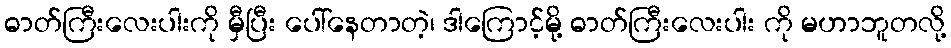
ဓာတ်ကြီးလေးပါးကို မှီပြီး ပေါ်နေတာတဲ့၊ ဒါကြောင့်မို့ ဓာတ်ကြီးလေးပါး ကို မဟာဘူတလို့